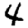
Digit: 4